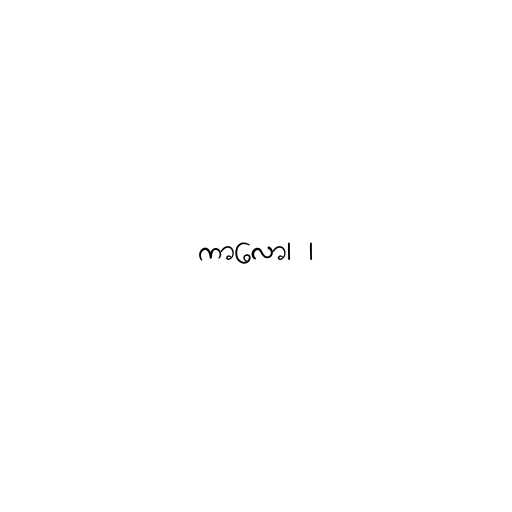
ကာလော၊ ၊